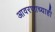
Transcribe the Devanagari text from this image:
आवरणाच्याही